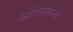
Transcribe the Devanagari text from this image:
ओरेल्लाना